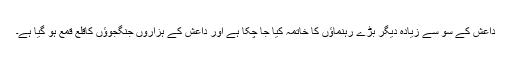
داعش کے سو سے زیادہ دیگر بڑے رہنماؤں کا خاتمہ کیا جا چکا ہے اور داعش کے ہزاروں جنگجوؤں کاقلع قمع ہو گیا ہے۔